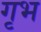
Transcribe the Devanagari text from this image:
गृभ